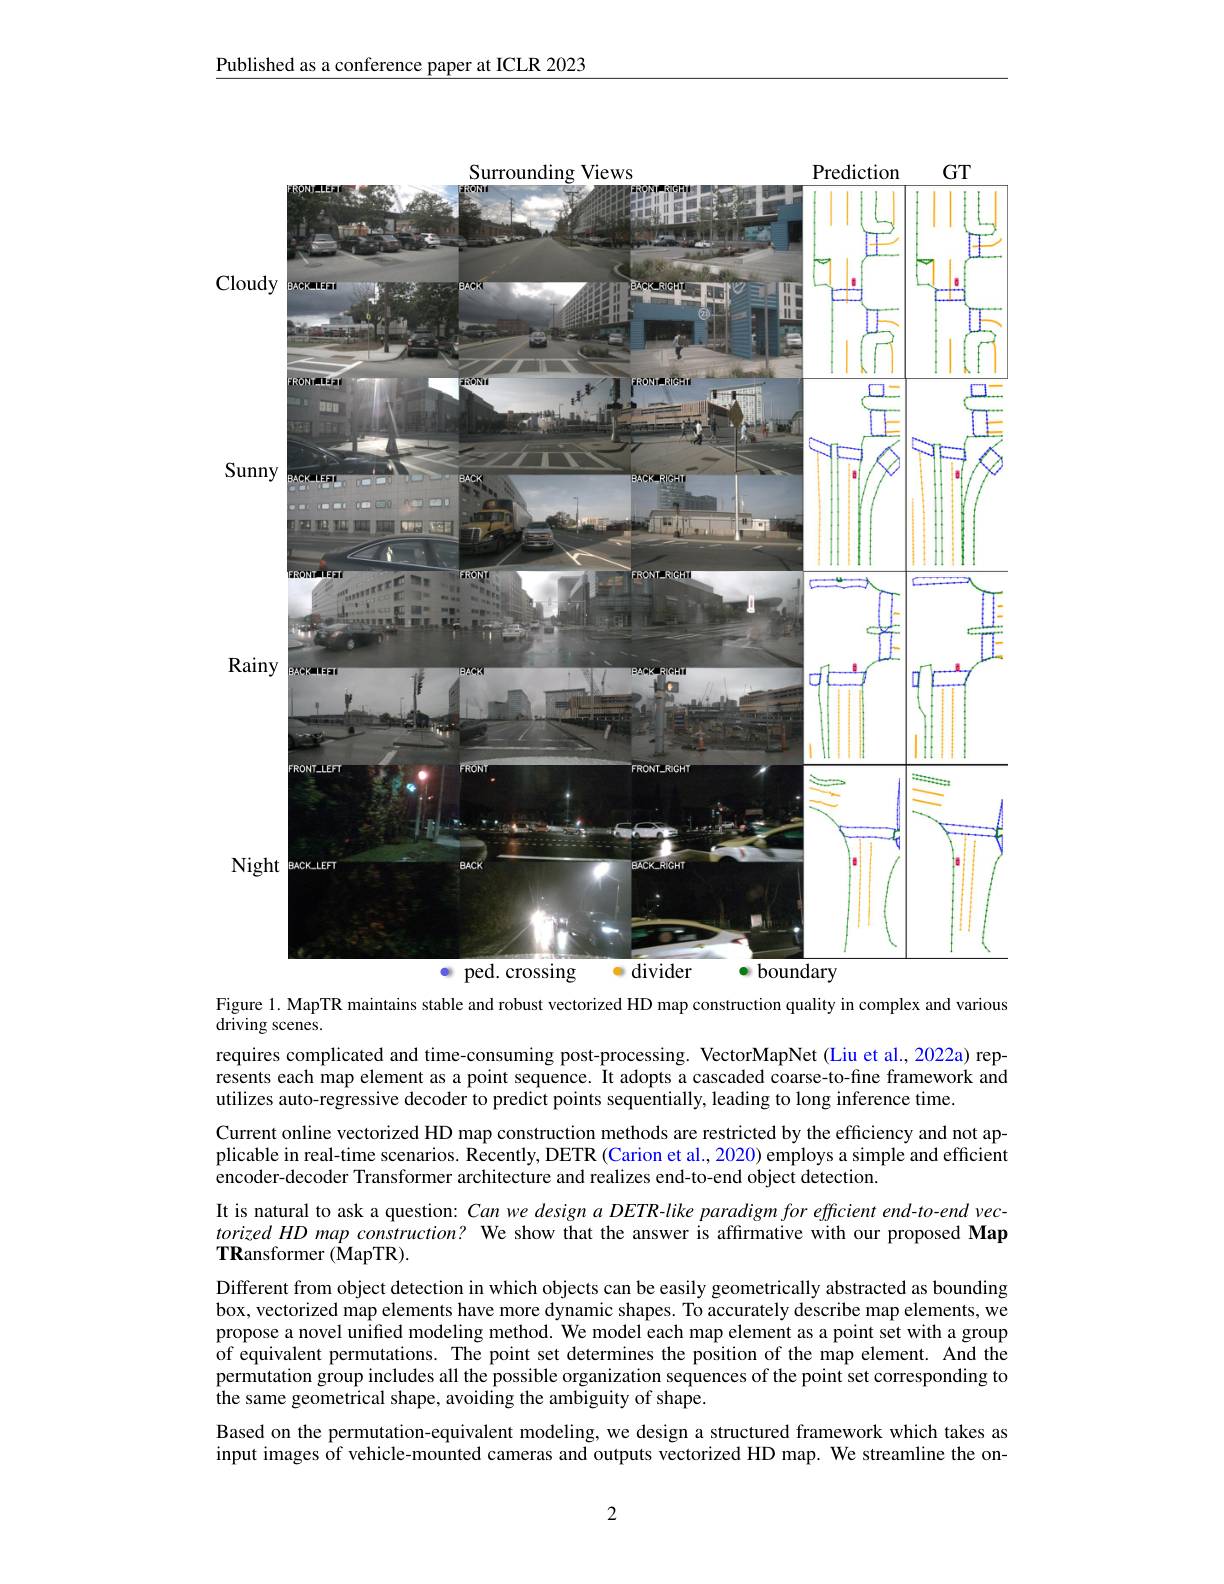
Published as a conference paper at ICLR 2023

<FigureHere>

Figure 1. MapTR maintains stable and robust vectorized HD map construction quality in complex and various

${\mathrm{driving~scenes.}}$
requires complicated and time-consuming post-processing. VectorMapNet (Liu et al., 2022a) represents each map element as a point sequence. It adopts a cascaded coarse-to-fine framework and utilizes auto-regressive decoder to predict points sequentially, leading to long inference time.
Current online vectorized HD map construction methods are restricted by the efficiency and not applicable in real-time scenarios. Recently, DETR (Carion et al., 2020) employs a simple and efficient $\hat{\text{encoder-decoder Transformer architecture and realizes end-to-end object detection.}}$
It is natural to ask a question: Can we design a DETR-like paradigm for efficient end-to-end vectorized HD map construction? We show that the answer is affrmative with our proposed Map $\mathbf{TR}$ansformer (MapTR).
Different from object detection in which objects can be easily geometrically abstracted as bounding box, vectorized map elements have more dynamic shapes. To accurately describe map elements, we propose a novel unified modeling method. We model each map element as a point set with a group of equivalent permutations. The point set determines the position of the map element. And the permutation group includes all the possible organization sequences of the point set corresponding to the same geometrical shape, avoiding the ambiguity of shape.
Based on the permutation-equivalent modeling, we design a structured framework which takes as input images of vehicle-mounted cameras and outputs vectorized HD map. We streamline the on-

2